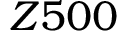
Z 5 0 0